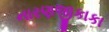
નારણજીકાકા